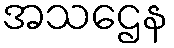
အသဌေန